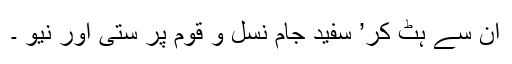
ان سے ہٹ کر’ سفید جام نسل و قوم پر ستی اور نیو ۔